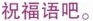
祝福语吧。